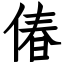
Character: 偆